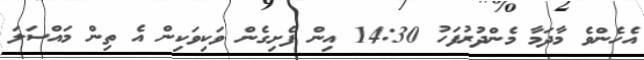
އެހެންވެ މާދަމާ މެންދުރުފަހު 14:30 އިން ފެށިގެން ވަކިވަކިން އެ ތިން މައްސަލަ